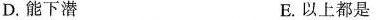
D.能下潜 E.以上都是